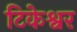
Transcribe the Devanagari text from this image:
टिकेश्वर